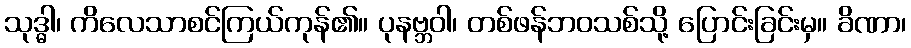
သုဒ္ဓါ၊ ကိလေသာစင်ကြယ်ကုန်၏။ ပုနဗ္ဘဝါ၊ တစ်ဖန်ဘဝသစ်သို့ ပြောင်းခြင်းမှ။ ခိဏာ၊